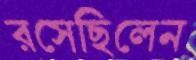
রসেছিলেন